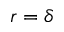
r = \delta